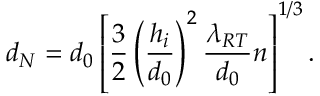
{ d _ { N } } = d _ { 0 } \left[ \frac { 3 } { 2 } \left( \frac { h _ { i } } { d _ { 0 } } \right) ^ { 2 } \frac { \lambda _ { R T } } { d _ { 0 } } n \right] ^ { 1 / 3 } .